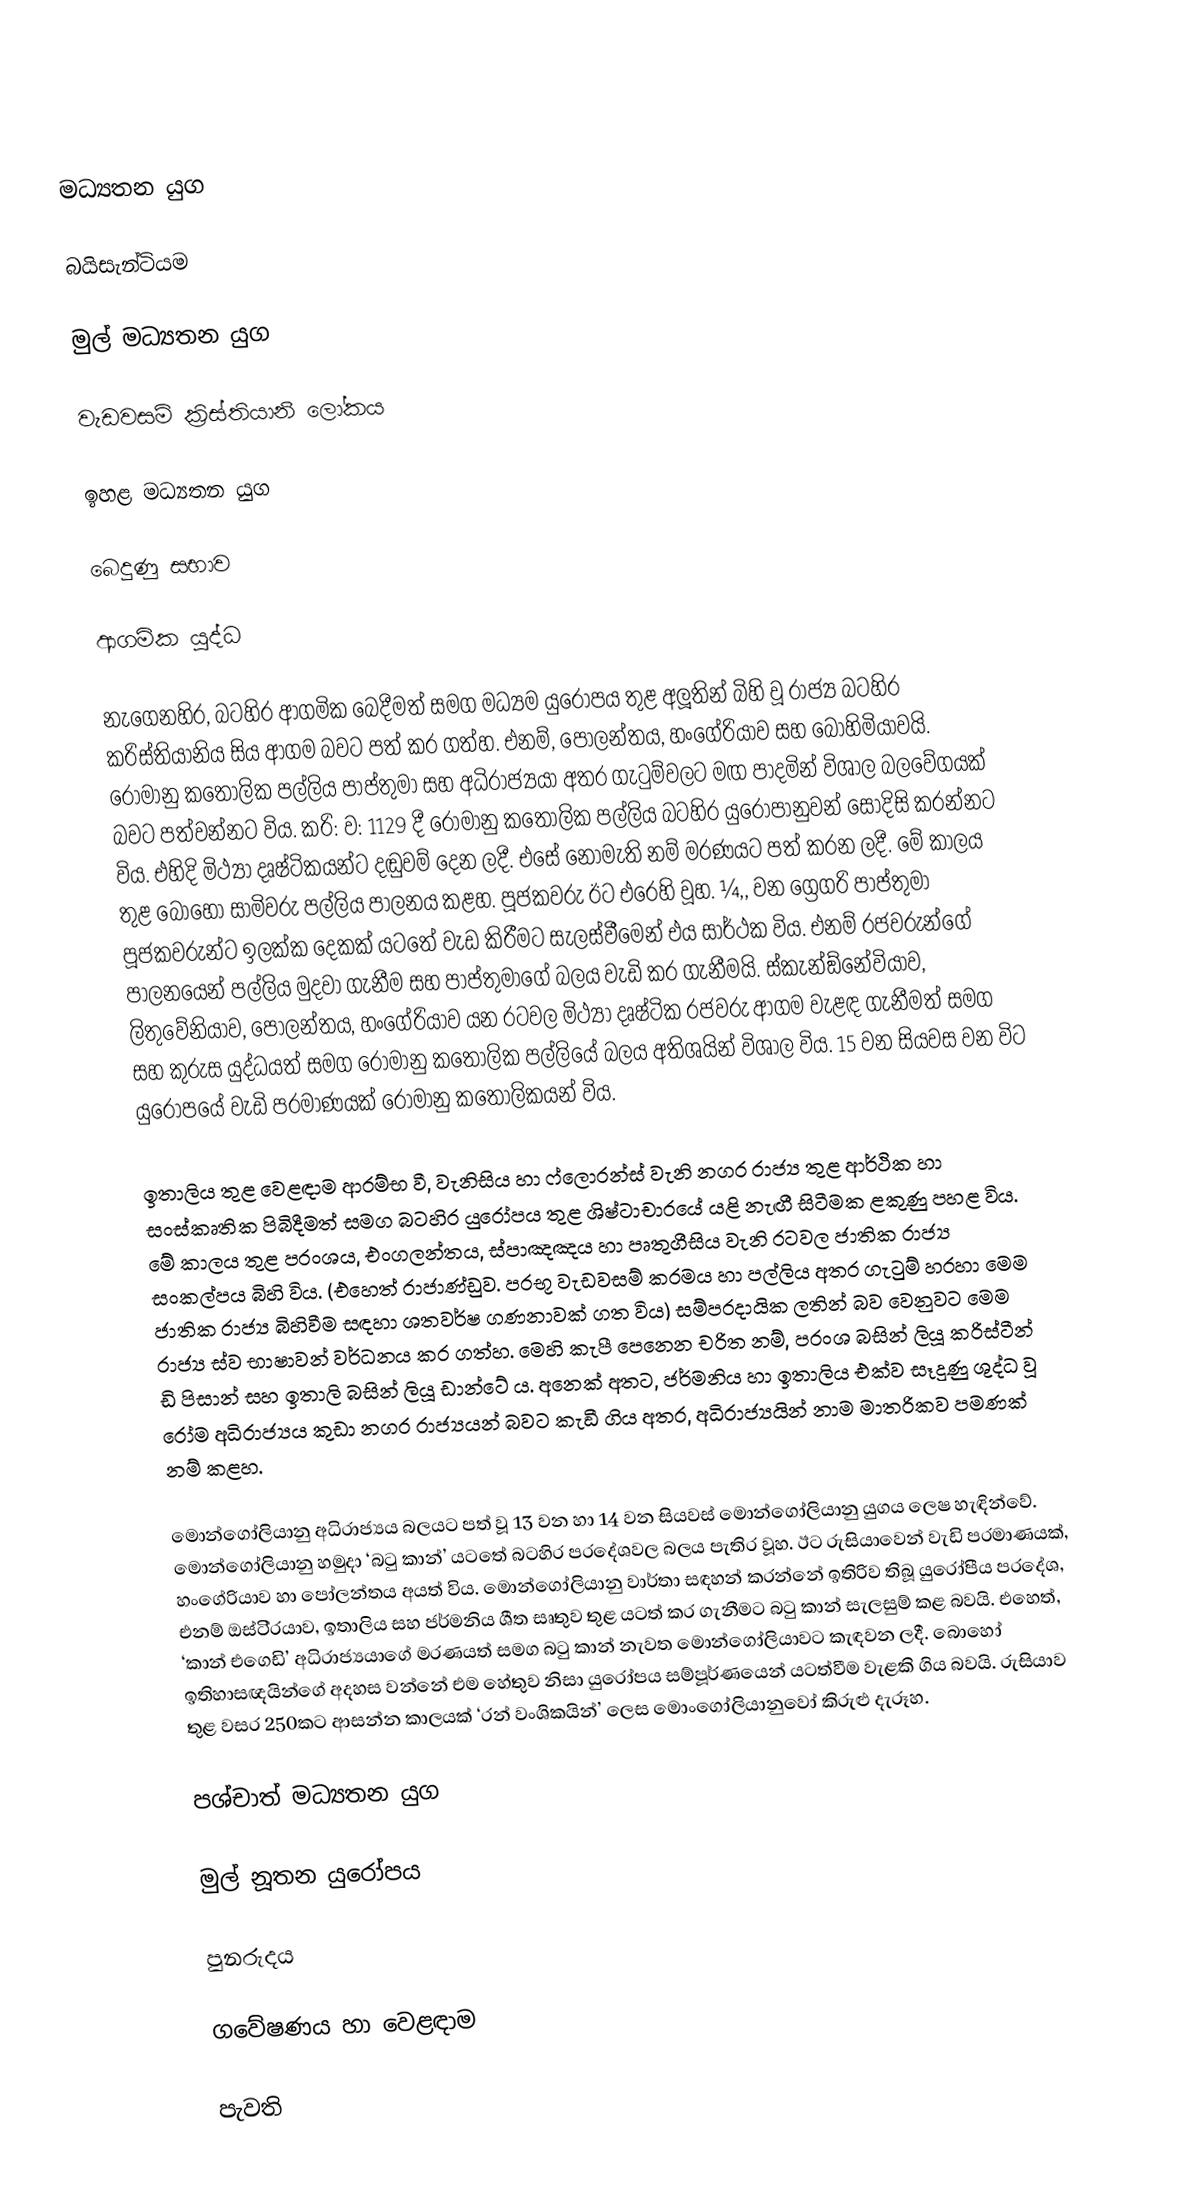

මධ්‍යතන යුග

බයිසැන්ටියම

මුල් මධ්‍යතන යුග

වැඩවසම් ක්‍රිස්තියානි ලෝකය

ඉහළ මධ්‍යතන යුග

බෙදුණු සභාව

ආගමික යුද්ධ

නැගෙනහිර, බටහිර ආගමික බෙදීමත් සමග මධ්‍යම යුරෝපය තුළ අලූතින් බිහි වූ රාජ්‍ය බටහිර ක‍්‍රිස්තියානිය සිය ආගම බවට පත් කර ගත්හ. එනම්, පෝලන්තය, හංගේරියාව සහ බොහිමියාවයි. රෝමානු කතෝලික පල්ලිය පාප්තුමා සහ අධිරාජ්‍යයා අතර ගැටුම්වලට මඟ පාදමින් විශාල බලවේගයක් බවට පත්වන්නට විය. ක‍්‍රි: ව: 1129 දී රෝමානු කතෝලික පල්ලිය බටහිර යුරෝපානුවන් සෝදිසි කරන්නට විය. එහිදි මිථ්‍යා දෘෂ්ටිකයන්ට දඬුවම් දෙන ලදී. එසේ නොමැති නම් මරණයට පත් කරන ලදී. මේ කාලය තුළ බොහෝ සාමිවරු පල්ලිය පාලනය කළහ. පූජකවරු ඊට එරෙහි වූහ. ¼,, වන ග්‍රෙගරි පාප්තුමා පූජකවරුන්ට ඉලක්ක දෙකක් යටතේ වැඩ කිරීමට සැලස්වීමෙන් එය සාර්ථක විය. එනම් රජවරුන්ගේ පාලනයෙන් පල්ලිය මුදවා ගැනීම සහ පාප්තුමාගේ බලය වැඩි කර ගැනීමයි.  ස්කැන්ඞ්නේවියාව, ලිතුවේනියාව, පෝලන්තය, හංගේරියාව යන රටවල මිථ්‍යා දෘෂ්ටික රජවරු ආගම වැළඳ ගැනීමත් සමග සහ කුරුස යුද්ධයත් සමග රෝමානු කතෝලික පල්ලියේ බලය අතිශයින් විශාල විය. 15 වන සියවස වන විට යුරෝපයේ වැඩි ප‍්‍රමාණයක් රෝමානු කතෝලිකයන් විය.

ඉතාලිය තුළ වෙළඳාම ආරම්භ වී, වැනිසිය හා ෆ්ලොරන්ස් වැනි නගර රාජ්‍ය තුළ ආර්ථික හා සංස්කෘතික පිබිදීමත් සමග බටහිර යුරෝපය තුළ ශිෂ්ටාචාරයේ යළි නැඟී සිටීමක ළකුණු පහළ විය. මේ කාලය තුළ ප‍්‍රංශය, එංගලන්තය, ස්පාඤඤය හා පෘතුගීසිය වැනි රටවල ජාතික රාජ්‍ය සංකල්පය බිහි විය. (එහෙත් රාජාණ්ඩුව. ප‍්‍රභූ වැඩවසම් ක‍්‍රමය හා පල්ලිය අතර ගැටුම් හරහා මෙම ජාතික රාජ්‍ය බිහිවීම සඳහා ශතවර්ෂ ගණනාවක් ගත විය) සම්ප‍්‍රදායික ලතින් බව වෙනුවට මෙම රාජ්‍ය ස්ව භාෂාවන් වර්ධනය කර ගත්හ. මෙහි කැපී පෙනෙන චරිත නම්, ප‍්‍රංශ බසින් ලියූ ක‍්‍රිස්ටීන් ඩි පිසාන් සහ ඉතාලි බසින් ලියූ ඩාන්ටේ ය. අනෙක් අතට, ජර්මනිය හා ඉතාලිය එක්ව සෑදුණු ශුද්ධ වූ රෝම අධිරාජ්‍යය කුඩා නගර රාජ්‍යයන් බවට කැඞී ගිය අතර, අධිරාජ්‍යයින් නාම මාත‍්‍රිකව පමණක් නම් කළහ.

මොන්ගෝලියානු අධිරාජ්‍යය බලයට පත් වූ 13 වන හා 14 වන සියවස් මොන්ගෝලියානු යුගය ලෙෂ හැඳින්වේ. මොන්ගෝලියානු හමුදා ‘බටු කාන්’ යටතේ බටහිර ප‍්‍රදේශවල බලය පැතිර වූහ. ඊට රුසියාවෙන් වැඩි ප‍්‍රමාණයක්, හංගේරියාව හා පෝලන්තය අයත් විය. මොන්ගෝලියානු වාර්තා සඳහන් කරන්නේ ඉතිරිව තිබූ යුරෝපීය ප‍්‍රදේශ, එනම් ඔස්ටි‍්‍රයාව, ඉතාලිය සහ ජර්මනිය ශීත සෘතුව තුළ යටත් කර ගැනීමට බටු කාන් සැලසුම් කළ බවයි. එහෙත්, ‘කාන් එගෙඩි’ අධිරාජ්‍යයාගේ මරණයත් සමග බටු කාන් නැවත මොන්ගෝලියාවට කැඳවන ලදී. බොහෝ ඉතිහාසඥයින්ගේ අදහස වන්නේ එම හේතුව නිසා යුරෝපය සම්පූර්ණයෙන් යටත්වීම වැළකි ගිය බවයි. රුසියාව තුළ වසර 250කට ආසන්න කාලයක් ‘රන් වංශිකයින්’ ලෙස මොංගෝලියානුවෝ කිරුළු දැරූහ.

පශ්චාත් මධ්‍යතන යුග

මුල් නූතන යුරෝපය

පුනරුදය

ගවේෂණය හා වෙළඳාම

පැවති